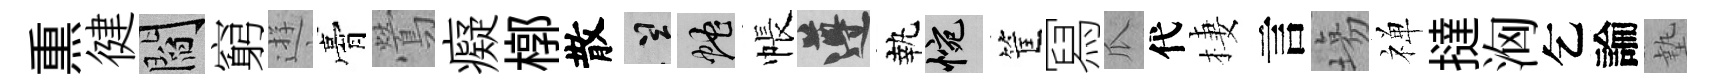
𤋱徤閻窮逰膏鶯癡槨散誠蛇帳遵執惋筐冩瓜代棲言塲禅撻洶乞論墊